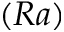
( R a )